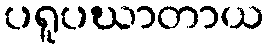
ပရူပဃာတာယ